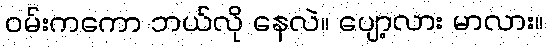
ဝမ်းကကော ဘယ်လို နေလဲ။ ပျော့လား မာလား။